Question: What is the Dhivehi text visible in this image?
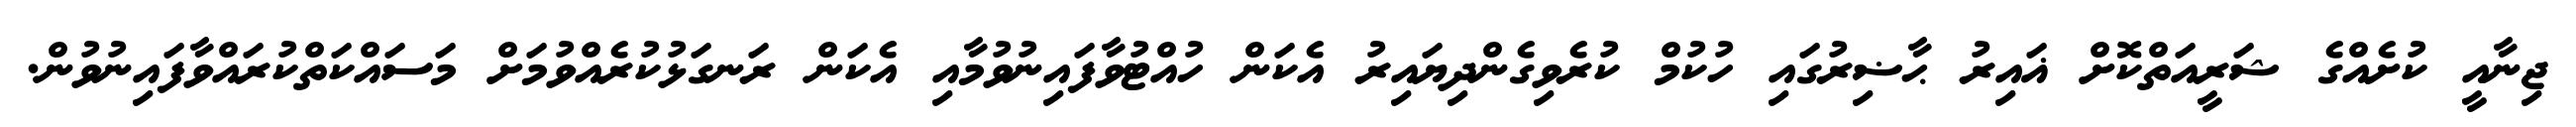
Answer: ޖިނާއީ ކުށެއްގެ ޝަރީއަތްކޮށް ޣައިރު ޙާޟިރުގައި ހުކުމް ކުރެވިގެންދިޔައިރު އެކަން ހުއްޓުވާފައިނުވުމާއި އެކަން ރަނގަޅުކުރެއްވުމަށް މަސައްކަތްކުރައްވާފައިނުވުން.